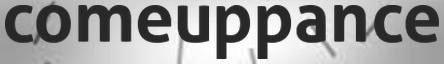
comeuppance